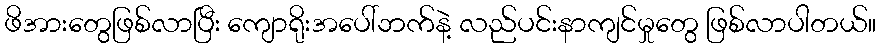
ဖိအားတွေဖြစ်လာပြီး ကျောရိုးအပေါ်ဘက်နဲ့ လည်ပင်းနာကျင်မှုတွေ ဖြစ်လာပါတယ်။